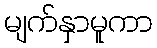
မျက်နှာမူကာ